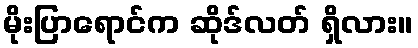
မိုးပြာရောင်က ဆိုဒ်လတ် ရှိလား။